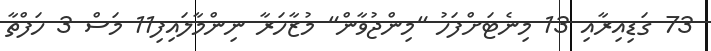
73 ގަޑިއިރާއި 13 މިނެޓަށްފަހު "މިންޖުވާން" މުޒާހަރާ ނިންމާލައިފި11 މަސް 3 ހަފްތާ